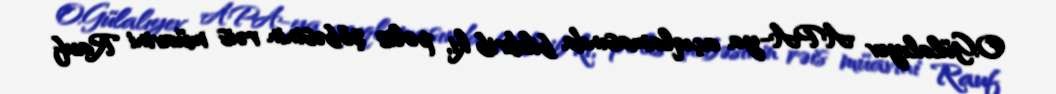
O.Gülalıyev APA-ya açıqlamasında bildirib ki, polis şöbəsinin rəis müavini Rauf